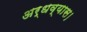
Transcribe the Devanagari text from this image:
अर्धव्यास।